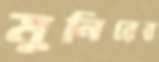
মুনিরের